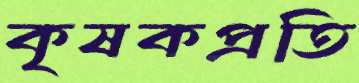
কৃষকপ্রতি